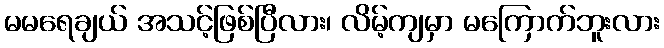
မမရေချယ် အသင့်ဖြစ်ပြီလား၊ လိမ့်ကျမှာ မကြောက်ဘူးလား